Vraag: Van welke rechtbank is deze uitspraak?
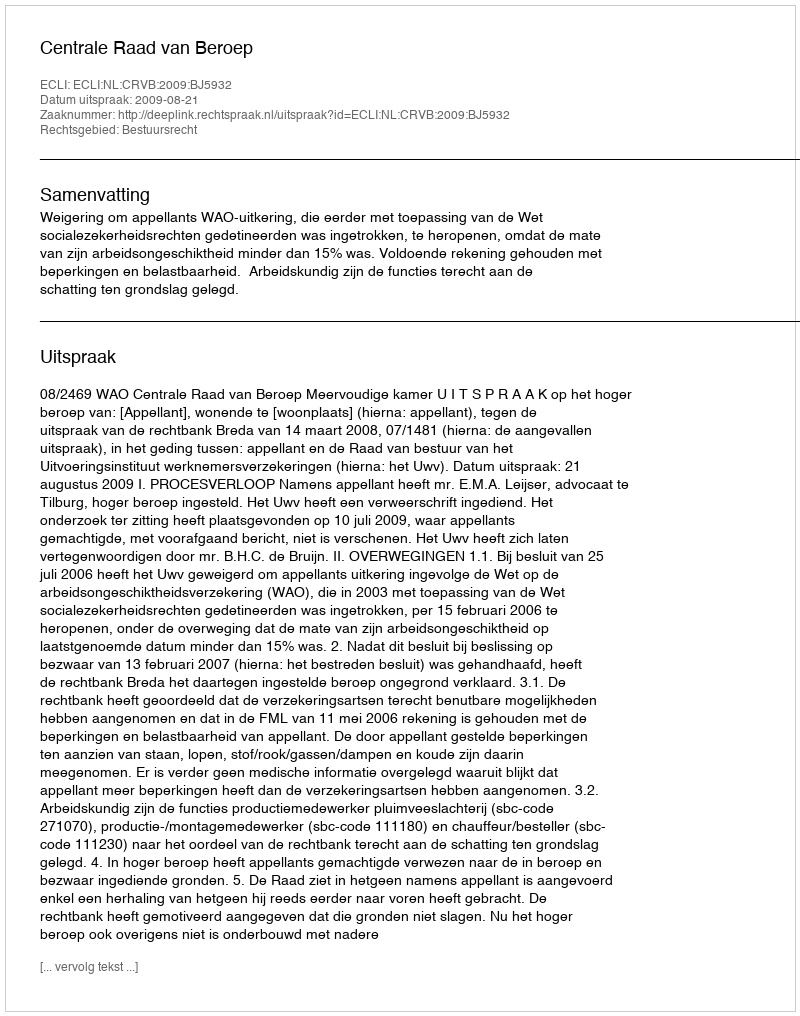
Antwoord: Centrale Raad van Beroep